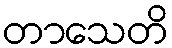
တာသေတိ